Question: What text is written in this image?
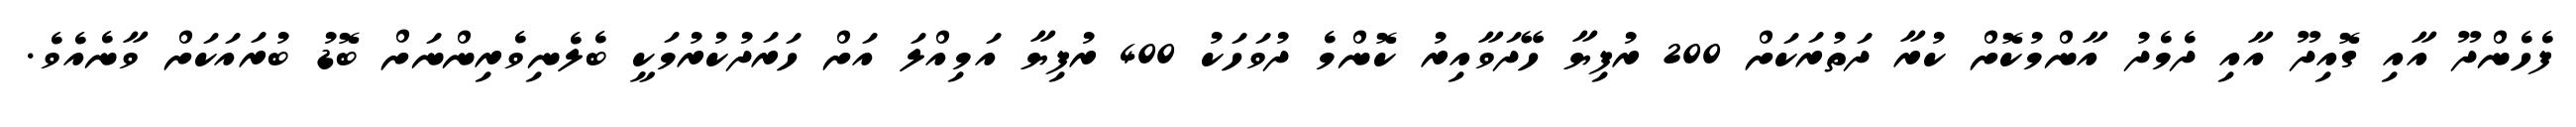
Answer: ފެހެންދޫ އާއި ގޮއިދޫ އާއި ދެމެދު އާންމުކޮށް ކުރާ ދަތުރަކަށް 200 ރުފިޔާ ހޭދަވާއިރު ކޮންމެ ދުވަހަކު 400 ރުފިޔާ އަމިއްލަ އަށް ހަރަދުކުރުމަކީ ބެލެނިވެރިންނަށް ބޮޑު ބުރައަކަށް ވާނެއެވެ.